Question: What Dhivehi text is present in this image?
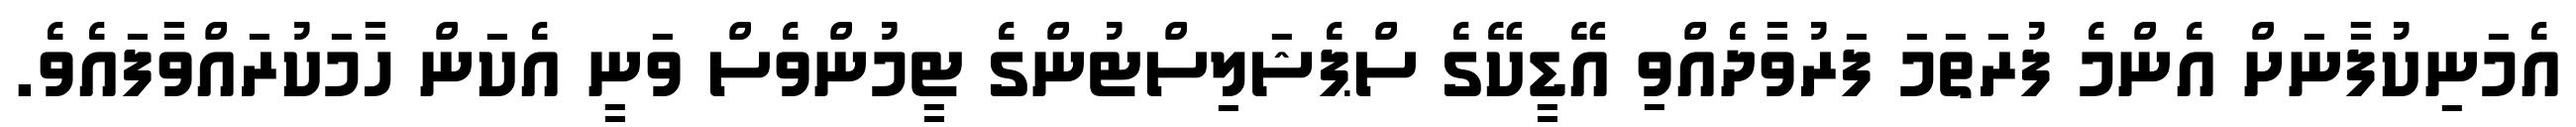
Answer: އެމަނިކުފާނަށް އެންމެ ފުރަތަމަ ފަރުވާދެއްވި އޭޑީކޭގެ ސްޕެޝަލިސްޓުންގެ ޓީމުންވެސް ވަނީ އެކަން ހާމަކުރައްވާފައެވެ.